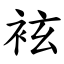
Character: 袨